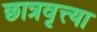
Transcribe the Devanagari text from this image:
छात्रवृत्त्या